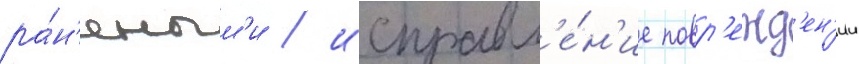
ра́н'еным'и / исправл'е́н'ие повр'ежд'ен'ии